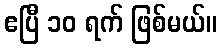
ဧပြီ ၁၀ ရက် ဖြစ်မယ်။